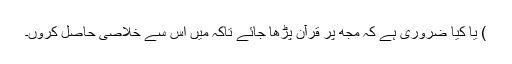
) یا کیا ضروری ہے کہ مجھ پر قرآن پڑھا جائے تاکہ میں اس سے خلاصی حاصل کروں۔